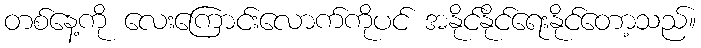
တစ်နေ့ကို လေးကြောင်းလောက်ကိုပင် အနိုင်နိုင်ရေးနိုင်တော့သည်။